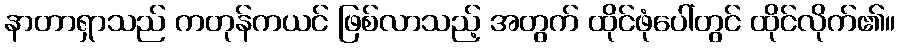
နာတာရှာသည် ကတုန်ကယင် ဖြစ်လာသည့် အတွက် ထိုင်ဖုံပေါ်တွင် ထိုင်လိုက်၏။